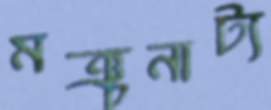
মঞ্চনাট্য